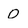
Character: O